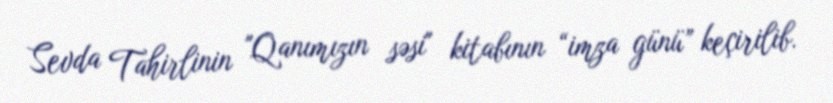
Sevda Tahirlinin "Qanımızın səsi" kitabının “imza günü” keçirilib.